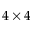
4 \times 4